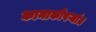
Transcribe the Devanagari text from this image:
कानाकोपऱ्यांत